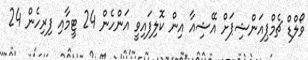
ވޯލްޑް ޗެމްޕިއަންޝިޕަށް އޭޝިއާ އިން ކޮލިފައިވީ އަންހެން 24 ޓީމާއި ފިރިހެން 24